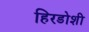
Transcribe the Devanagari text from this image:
हिरडोशी